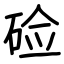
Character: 硷